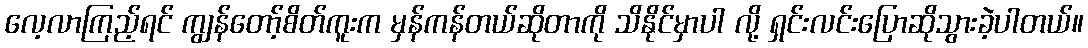
လေ့လာကြည့်ရင် ကျွန်တော့်စိတ်ကူးက မှန်ကန်တယ်ဆိုတာကို သိနိုင်မှာပါ လို့ ရှင်းလင်းပြောဆိုသွားခဲ့ပါတယ်။